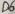
Text: D6